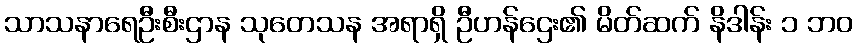
သာသနာရေဦးစီးဌာန သုတေသန အရာရှိ ဦဟန်ဌေး၏ မိတ်ဆက် နိဒါန်း ၁ ဘဝ